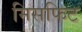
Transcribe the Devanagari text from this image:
मिसफिट